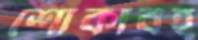
শোকাবহ